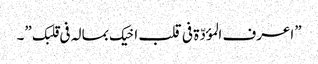
”اعرف المؤدّة فی قلب اخیک بمالہ فی قلبک ”۔